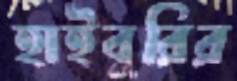
হাইবুরির